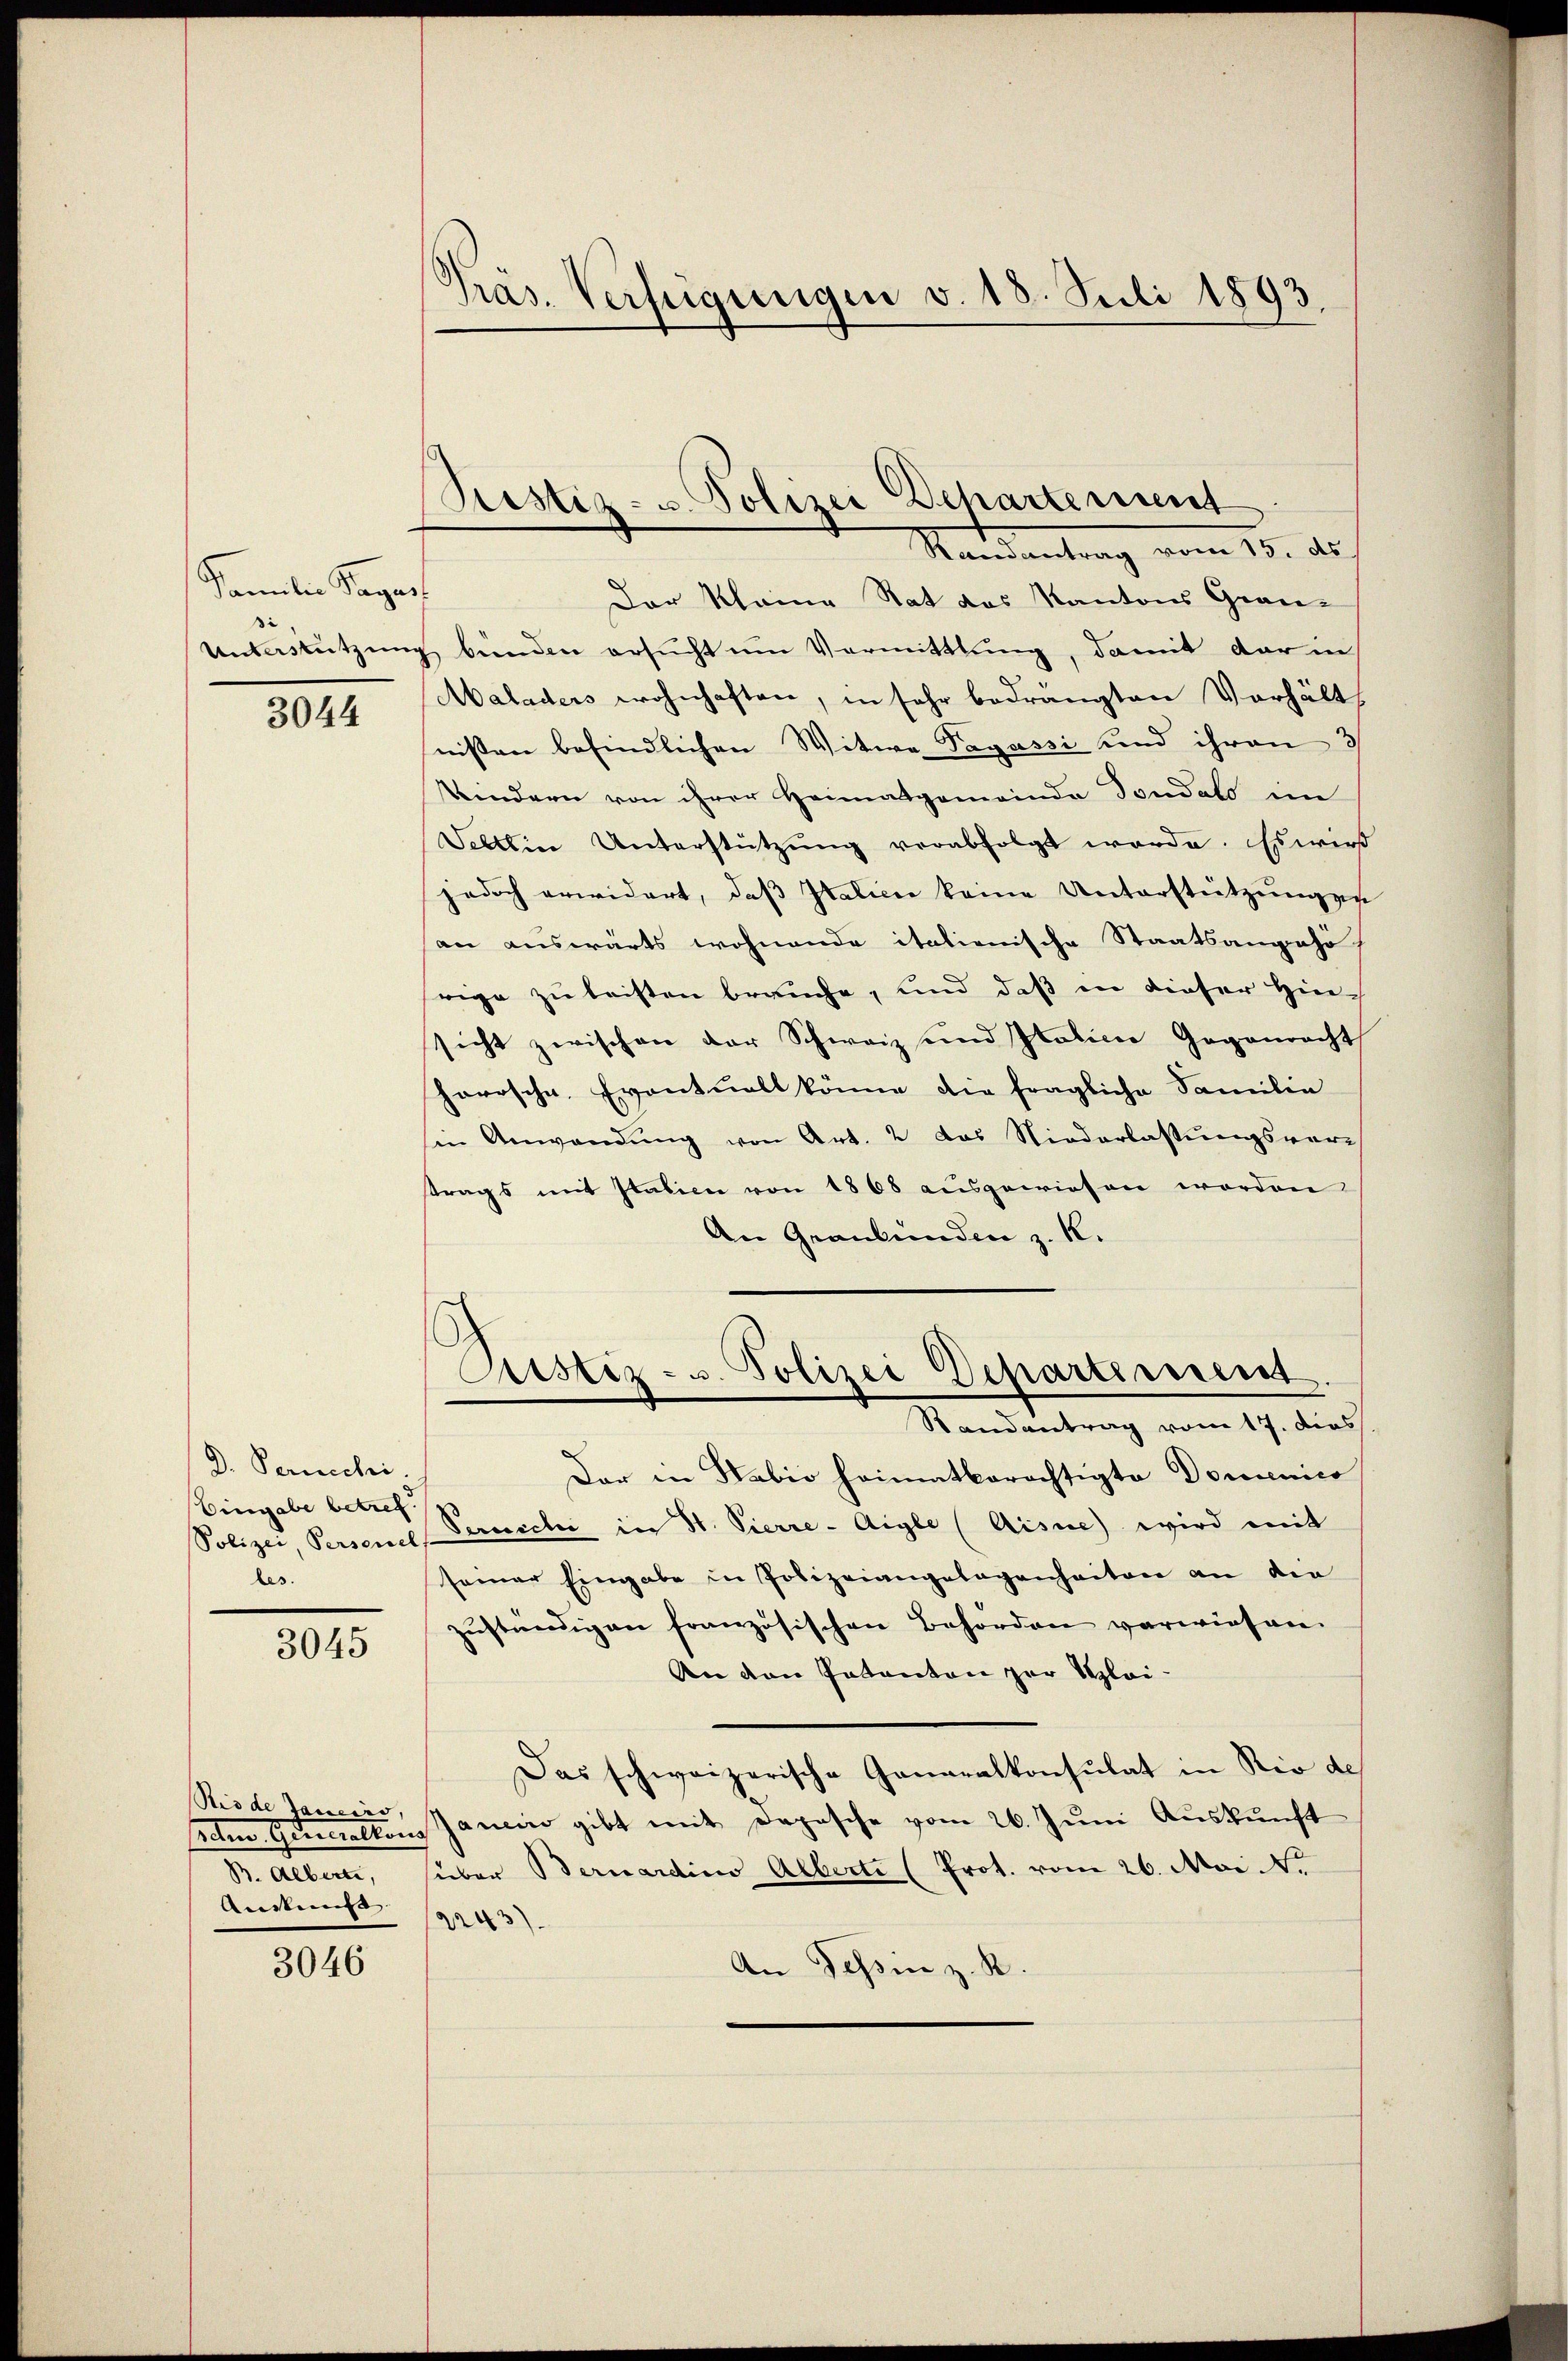
Familie Tages
3
Unterstützung

3044

D. Peruechi.
Eingabe betref
bes.

3045

Rio de Janeiro,
Anstempe

3046

Präs. Verfügungen v. 18. Juli 1893.

Rustiz- u. Polizei Departement
Mandantrag vom 15. ds.

Der Kleine Rat des Kantons Gran-
 bünden ersucht um Vermittlung, damit der in
Maladers wohnhaften, in sehr bedrängten Verhält
nißen befindlichen Witwe Pagassi und ihren 3/
Kindern von ihrer Heimatgemeinde Sondals im
Sellein Unterstützŭng verabfolgt werde. Es wird
jedoch erwidert, daβ Italien keine Unterstützŭngen
an auswärts wohnende italienische Staatsangehö
rige zu leisten brauche, und daß in dieser Hin-
sicht zwischen der Schweiz und Italicie Gegenrecht
herrsche Eventuell könne die fragliche Familie
sin Anwendŭng von Art. 2 das Niederlastŭngsver-
trags mit Italien von 1868 ausgewiesen worden
An Graubünden z. R.
Astiz- u. Polizei Departement
Randantrag vom 17. dies
Der in Habio heimatberechtigte Domenico
Polizei, Persende Persich in St. Pierre-Aigle (Aisue) wird mit
seiner Eingabe in Polizeiangelegenheiten an die
zŭständigen französischen Behörden verwiesen.
An den Intenten zur Klei-
Das schweizerische Generalkonsulat in Rio de
Ade. Generaltons Janeiro gibt mit Depesche vom 26. Juni Auskunft
B. Albert, sieber Bernardins Alberte (Prot. vom 26. Mai. 1.
2243)
An Tessin z. R.